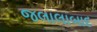
જલાલાબાદ